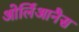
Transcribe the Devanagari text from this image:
ओर्लिआनैस